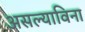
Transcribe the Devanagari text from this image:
असल्याविना